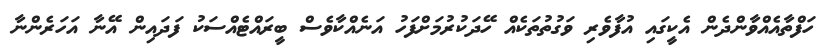
ހަފްތާއެއްވާންދެން އެކީގައި އުފާވެރި ވަގުތުތަކެއް ހޭދަކުރުމަށްފަހު އަނެއްކާވެސް ބީރައްޓެއްސަކު ފަދައިން އޭނާ އަހަރެންނާ